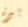
بيرة